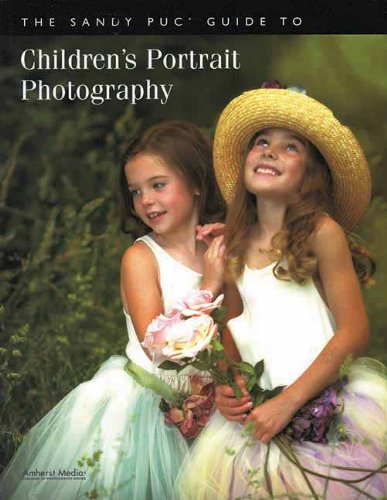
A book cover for The Sandy Puc' Guide to Children's Portrait Photography; Sandy Puc'; Arts & Photography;